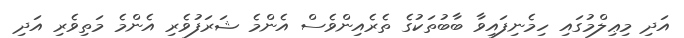
އަދި މިޢިލްމުގައި ހިމެނިފައިވާ ބާބުތަކުގެ ތެރެއިންވެސް އެންމެ ޝަރަފުވެރި އެންމެ މަތިވެރި އަދި